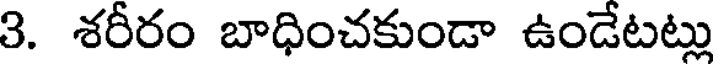
3. శరీరం బాధించకుండా ఉండేటట్లు